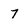
Character: 7